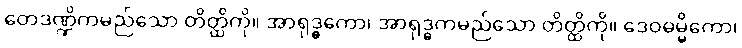
တေဒဏ္ဍိကမည်သော တိတ္ထိကို။ အာရုဒ္ဓကော၊ အာရုဒ္ဓကမည်သော တိတ္ထိကို။ ဒေဝဓမ္မိကော၊